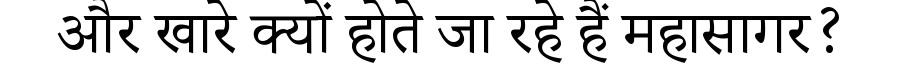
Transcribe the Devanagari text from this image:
और खारे क्यों होते जा रहे हैं महासागर?